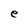
Character: e